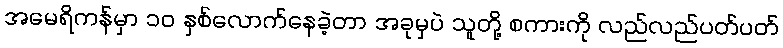
အမေရိကန်မှာ ၁၀ နှစ်လောက်နေခဲ့တာ အခုမှပဲ သူတို့ စကားကို လည်လည်ပတ်ပတ်